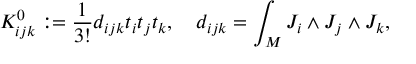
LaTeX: { \cal K } _ { i j k } ^ { 0 } : = \frac { 1 } { 3 ! } d _ { i j k } t _ { i } t _ { j } t _ { k } , \quad d _ { i j k } = \int _ { M } J _ { i } \wedge J _ { j } \wedge J _ { k } ,